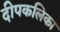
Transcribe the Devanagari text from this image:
दीपकलिका